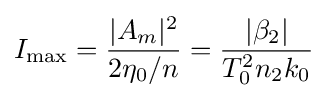
I_{\max }={\frac {|A_{m}|^{2}}{2\eta _{0}/n}}={\frac {|\beta _{2}|}{T_{0}^{2}n_{2}k_{0}}}